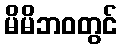
မိမိဘဝတွင်